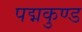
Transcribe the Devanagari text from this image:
पद्मकुण्ड